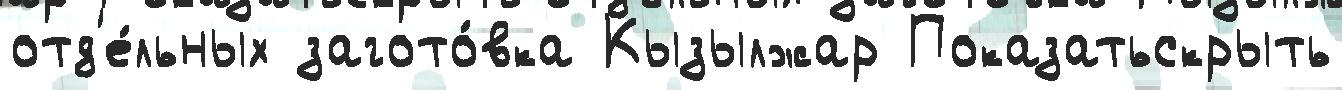
отд'е́льных загото́вка Кызылжар Показатьскрыть